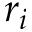
r _ { i }